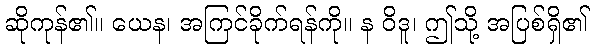
ဆိုကုန်၏။ ယေန၊ အကြင်ခိုက်ရန်ကို။ န ဝိဒူ၊ ဤသို့ အပြစ်ရှိ၏